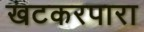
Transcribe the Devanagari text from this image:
खटकरपारा